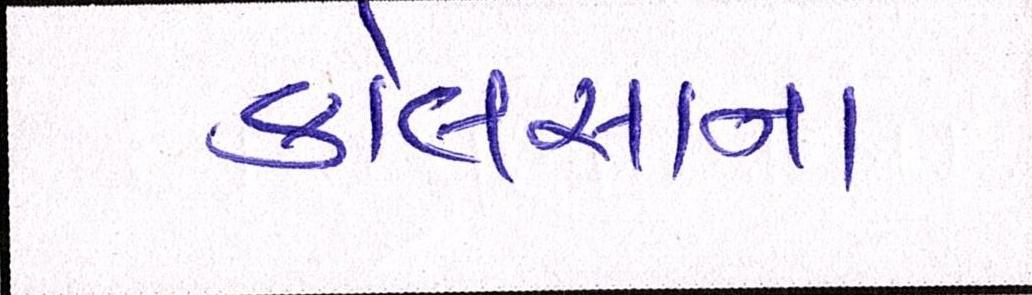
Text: કોલસાના